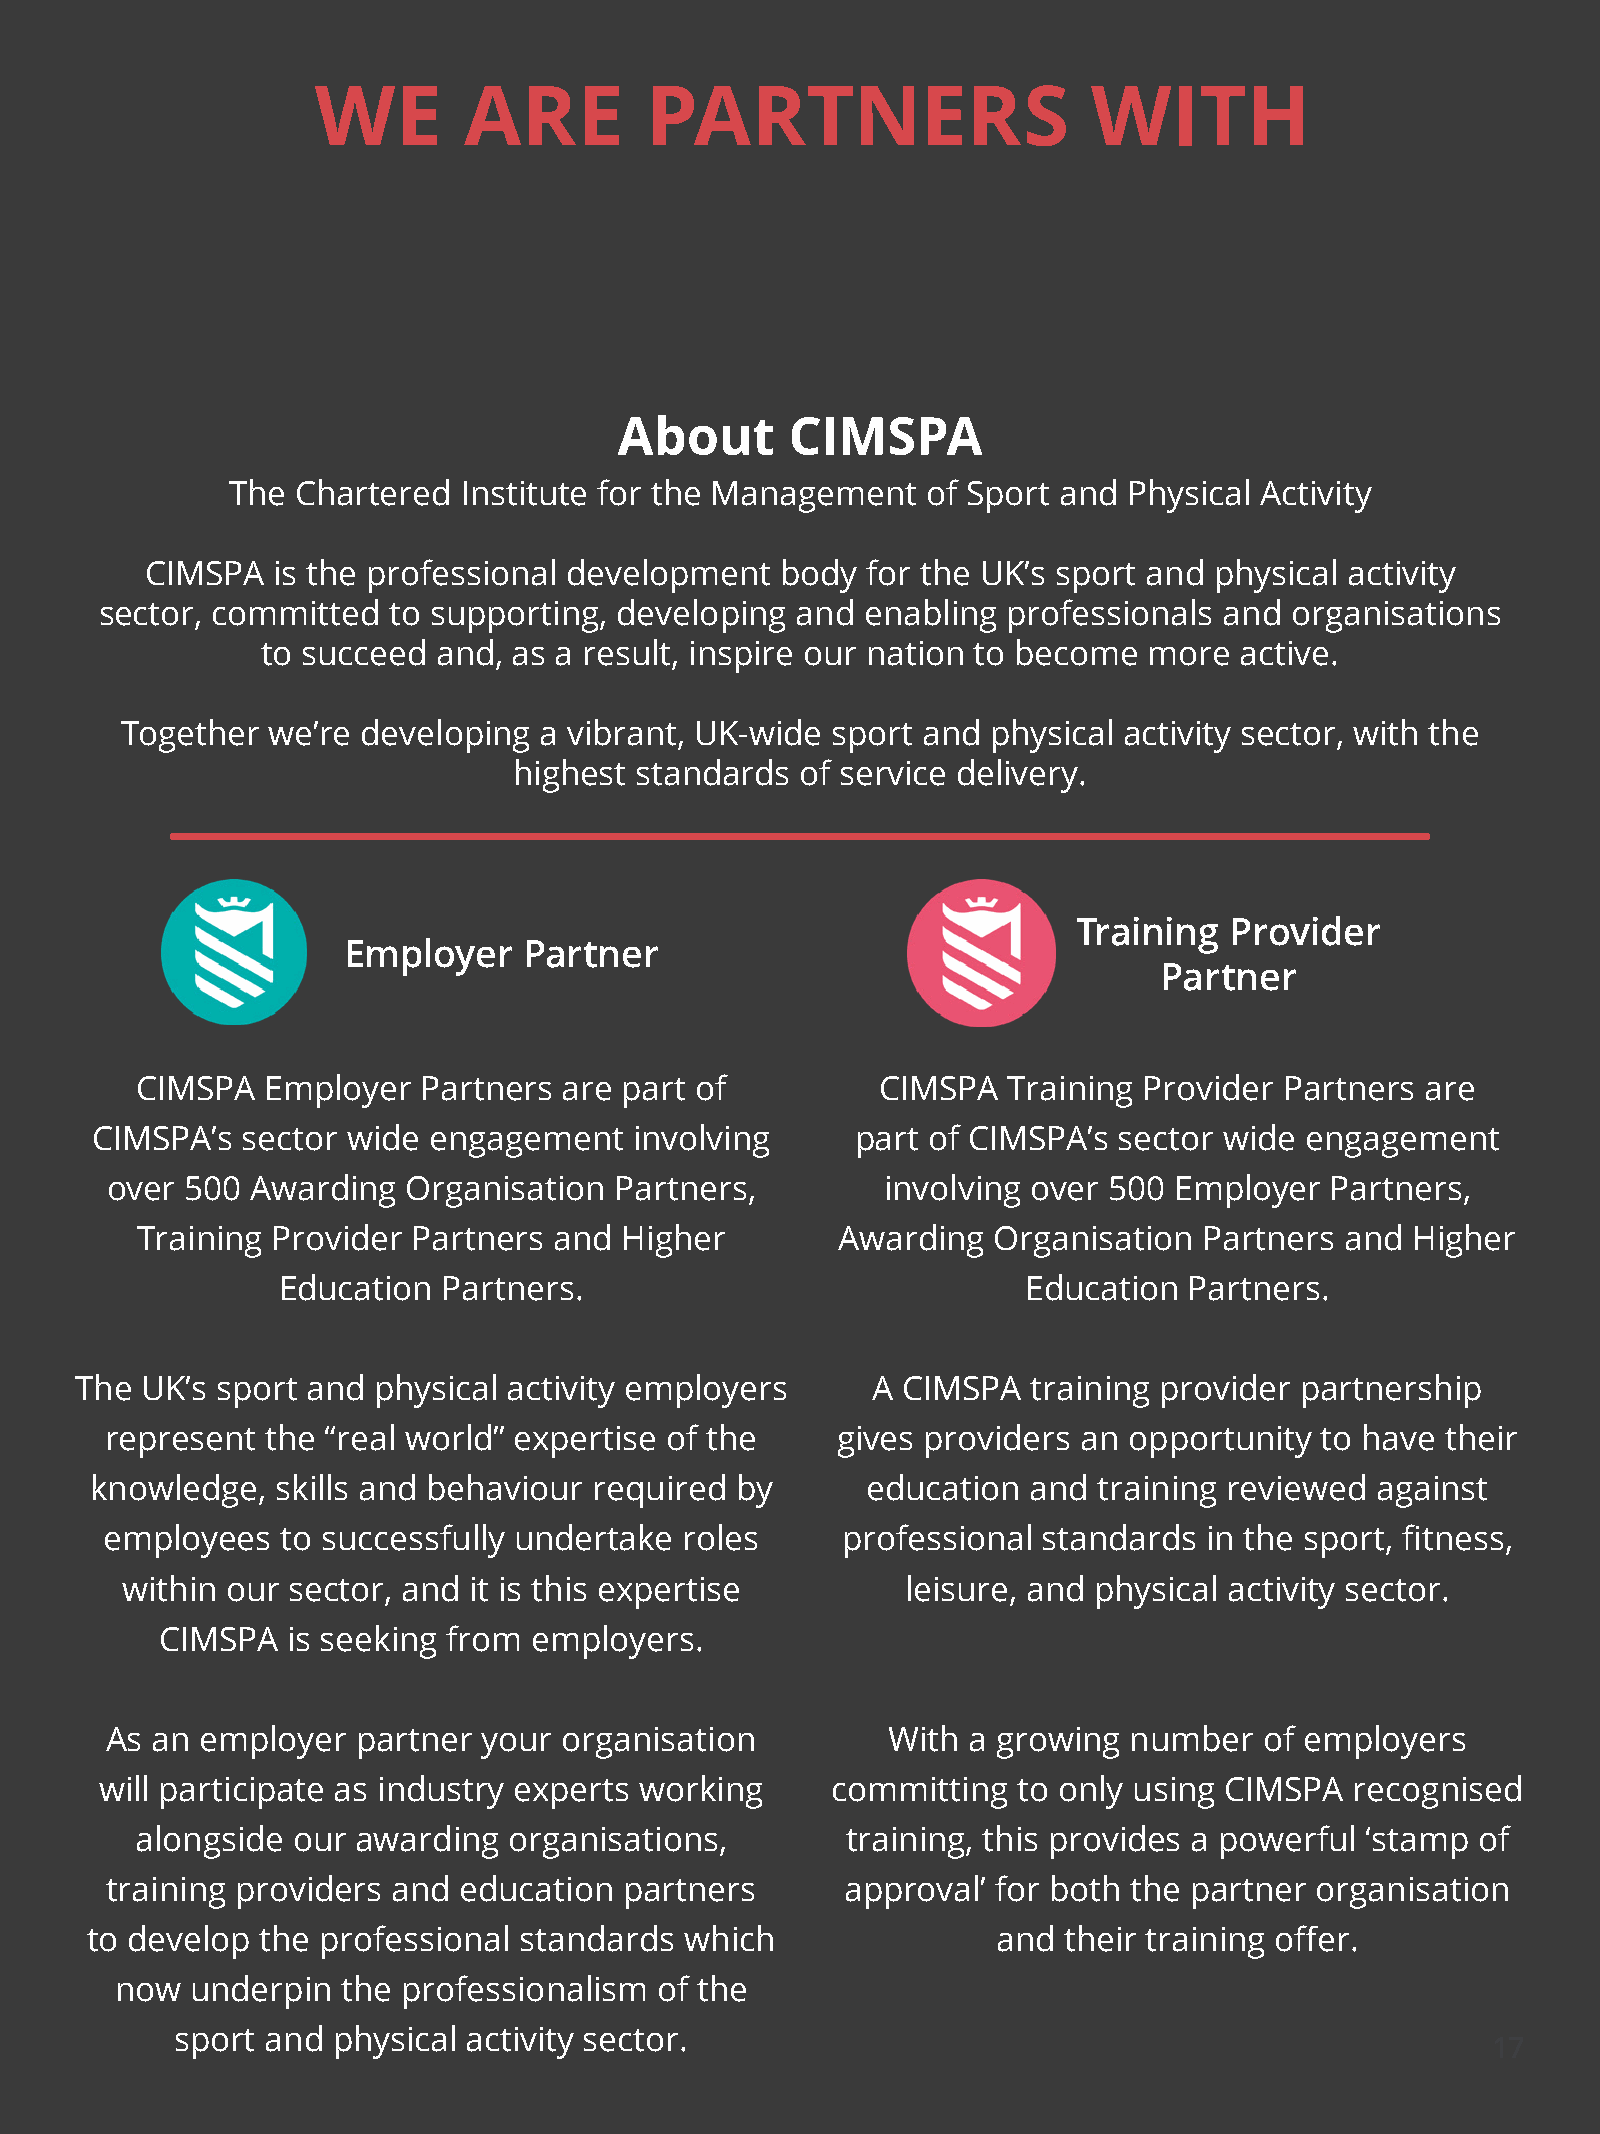
WE        ARE         PARTNERS                     WITH
 About      CIMSPA
 The  Chartered Institute for the Management   of Sport and  Physical Activity
 CIMSPA  is the professional development   body for the UK’s sport and physical activity
 sector, committed  to supporting, developing  and enabling  professionals and organisations
 to succeed  and, as a result, inspire our nation to become more  active.
 Together  we’re developing  a vibrant, UK-wide sport and  physical activity sector, with the
 highest standards  of service delivery.
 Training  Provider
 Employer    Partner
 Partner
 CIMSPA   Employer  Partners are part of          CIMSPA   Training Provider Partners are
 CIMSPA’s  sector wide engagement    involving      part of CIMSPA’s sector wide engagement
 over 500  Awarding  Organisation  Partners,         involving over 500 Employer  Partners,
 Training Provider Partners  and Higher         Awarding  Organisation  Partners and  Higher
 Education  Partners.                              Education  Partners.
 The UK’s sport and  physical activity employers      A CIMSPA  training provider partnership
 represent  the “real world” expertise of the    gives providers  an opportunity to have  their
 knowledge,  skills and behaviour required  by      education  and  training reviewed against
 employees   to successfully undertake roles      professional standards  in the sport, fitness,
 within our sector, and it is this expertise         leisure, and physical activity sector.
 CIMSPA   is seeking from employers.
 As an employer   partner your organisation          With a growing  number   of employers
 will participate as industry experts working    committing  to only using CIMSPA   recognised
 alongside our  awarding  organisations,        training, this provides a powerful ‘stamp of
 training providers and education  partners       approval’ for both the partner organisation
 to develop the professional standards  which                and their training offer.
 now  underpin  the professionalism of the
 sport and physical activity sector.
 17